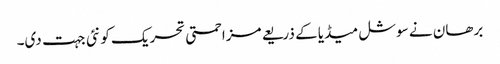
برھان نے سوشل میڈیا کے ذریعے مزاحمتی تحریک کو نئی جہت دی۔